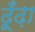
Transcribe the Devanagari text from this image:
ढूँंढ़ा